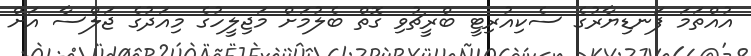
އުއްތަމަ ފަނޑިޔާރުގެ ސެކިއުރިޓީ ބްރީޗުވި ގޮތް ބެލުމަށް މަޖިލީހުގެ މިއަދުގެ ޖަލްސާ އަށް